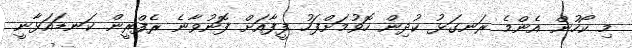
މި ކޯހުން އެންމެ ރަނގަޅު ކުދިން ހޮވުމަށްފަހު ފީފާއަށް ފޮނުވާނެ ރެފްރީން ކަނޑައަޅާނީ